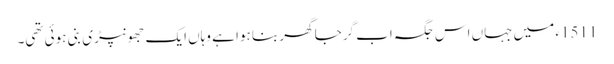
1511ء میں جہاں اس جگہ اب گرجا گھر بنا ہوا ہے وہاں ایک جھونپڑی بنی ہوئی تھی۔